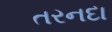
તરનદા